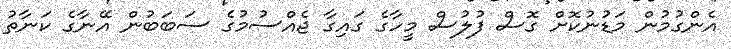
އެންގުމުން މަޑުނުކޮށް ގޮސް ފުލުސް މީހާގެ ގައިގާ ޖެއްސުމުގެ ސަބަބުން އޭނާގެ ކަނާތު